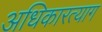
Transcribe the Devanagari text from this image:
अधिकारत्याग